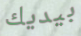
بيديك